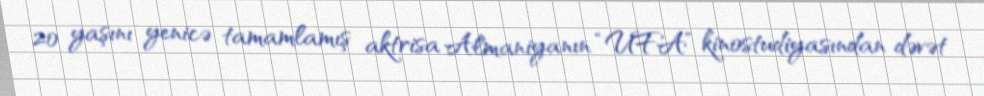
20 yaşını yenicə tamamlamış aktrisa Almaniyanın “UFA” kinostudiyasından dəvət